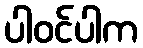
ပါဝင်ပါက